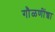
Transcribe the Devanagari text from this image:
गौळणींच्वा